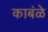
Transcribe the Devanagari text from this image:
काबंळे